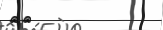
٥٨